Medical and sanitary report of the native army of Madras for the year
Year: 1875
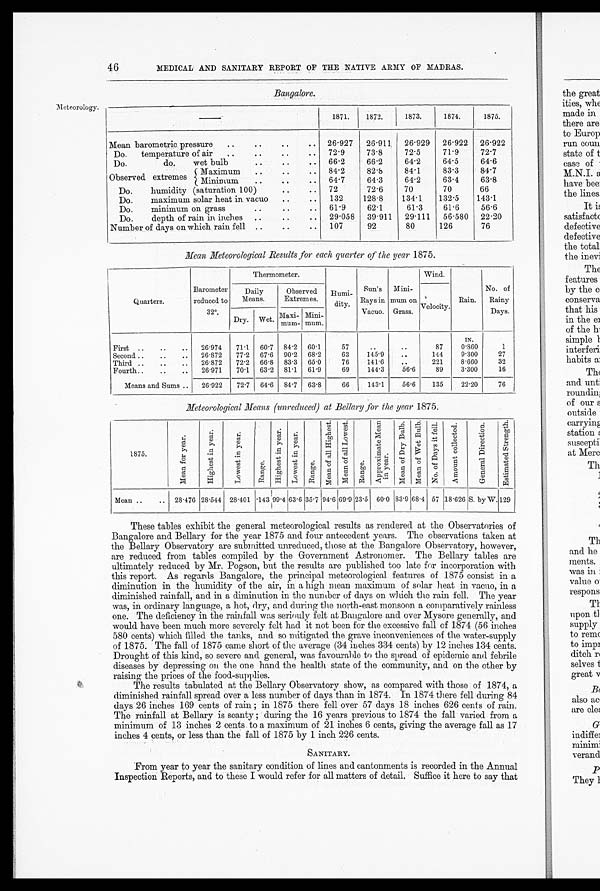
Meteorology.
4 6
MEDICAL AND SANITARY REPORT OF THE NATIVE ARMY OF MADRAS.
Bangalore.
—
1871.
1872.
1873.
1874.
1875.
Mean barometric pressure
26.927
2 6 . 9 1 1
26.929
2 6 . 9 2 2 26.922
Do. temperature of air
72.9
73.8
72.5
71.9
72.7
Do. do. wet bulb
66 . 2
66.2
64.2
64.5
64.6
Observed extremes
Maximum
Minimum
84 . 2
64 . 7
82.8
64.3
84.1
64.2
83.3
63.4
84.7
63.8
Do. humidity (saturation 100)
72
72.6
70
70
66
Do. maximum solar heat in vacuo
132
128.8
134.1
132 . 5
143.1
Do. minimum on grass
61.9
62.1
61.3
61.6
56.6
Do. depth of rain in inches
29.058
39.911
29.111
56.580
22.20
Number of days on which rain fell
107
92
80
126
76
Mean Meteorological Results for each quarter of the year 1875.
Quarters.
Barometer
reduced to
32°.
Thermometer.
Humi- dity.
Sun' s Rays i n Vacuo. Mini-
mum on
Grass.
Wind.
Rain.
No. of
Rainy
Days.
Daily
Means.
Observed
Extremes.
Velocity.
Dry. Wet. Maxi- mum Mini- mum.
First
26 . 974
71 . 1 60.7 84.2 60.1
57
..
..
87
IN.
0.860
1
Second
26 . 872
77 . 2 67.6 90.2 68.2
63
145.9
. .
144
9.300
27
Third
26 . 872
72.2 66.8 83.3 65.0
76
141.6
..
221
8.660
32
Fourth
26 . 971
70.1 63.2 81.1 61.9
69
144.3
56.6
89
3.300
16
Means and Sums
26.922
72.7 64.6 84.7 63.8
66
143.1
56.6
135
22.20
76
Meteorological Means (unreduced at Bellary for the year 1875.
1875.
M e a n f o r y e a r .
H i g h e s t i n y e a r .
L o w e s t i n y e a r .
R a n g e .
H i g h e s t i n y e a r .
L o w e s t i n y e a r .
R a n g e .
M e a n o f a l l H i g h e s t
M e a n o f L o w e s t
Range.
A p p r o x i m a t e M e a n i n y e a r .
Me a n o f D r y B u l b .
M e a n o f W e t B u l b .
N o . o f D a y s i t f e l l .
A m o u n t c o l l e c t e d .
G e n e r a l D i r e c t i o n .
E s t i m a t e d S t r e n g t h .
Mean
28.476 28.544 28.401 .143 99.4 63.6 35.7
9 4 . 6
69.9 23.5 60.0 83.9 68.4 57 18.626 S. by W. 129
These tables exhibit the general meteorological results as rendered at the Observatories of
Bangalore and Bellary for the year 1875 and four antecedent years. The observations taken at
the Bellary Observatory are submitted unreduced, those at the Bangalore Observatory, however,
are reduced from tables compiled by the Government Astronomer. The Bellary tables are
ultimately reduced by Mr. Fogson, but the results are published too late for incorporation with
this report. As regards Bangalore, the principal meteorological features of 1875 consist in a
diminution in the humidity of the air, in a high mean maximum of solar heat in vacuo, in a
diminished rainfall, and in a diminution in the number of days on which the rain fell. The year
was, in ordinary language, a hot, dry, and during the north-east monsoon a comparatively rainless
one. The deficiency in the rainfall was seriouly felt at Bangalore and over Mysore generally, and
would have been much more severely felt had it not been for the excessive fall of 1874 (56 inches
580 cents) which filled the tanks, and so mitigated the grave inconveniences of the water-supply
of 1875. The fall of 1875 came short of the average (34 inches 334 cents) by 12 inches 134 cents.
Drought of this kind, so severe and general, was favourable to the spread of epidemic and febrile
diseases by depressing on the one hand the health state of the community, and on the other by
raising the prices of the food-supplies.
The results tabulated at the Bellary Observatory show, as compared with those of 1874, a
diminished rainfall spread over a less number of clays than in 1874. In 1874 there fell during 84
days 26 inches 169 cents of rain; in 1875 there fell over 57 days 18 inches 626 cents of rain.
The rainfall at Bellary is scanty; during the 16 years previous to 1874 the fall varied from a
minimum of 13 inches 2 cents to a maximum of 21 inches 6 cents, giving the average fall as 17
inches 4 cents, or less than the fall of 1875 by 1 inch 226 cents.
SANITARY.
From year to year the sanitary condition of lines and cantonments is recorded in the Annual
Inspection Reports, and to these I would refer for all matters of detail. Suffice it here to say that